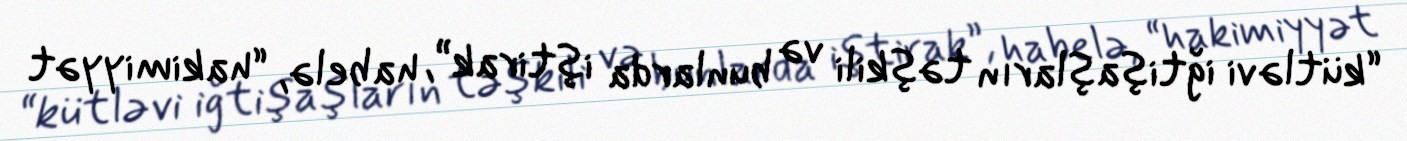
“kütləvi iğtişaşların təşkili və bunlarda iştirak”, habelə, “hakimiyyət